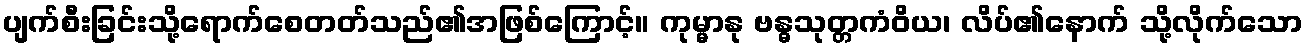
ပျက်စီးခြင်းသို့ရောက်စေတတ်သည်၏အဖြစ်ကြောင့်။ ကုမ္မာနု ဗန္ဓသုတ္တကံဝိယ၊ လိပ်၏နောက် သို့လိုက်သော